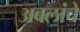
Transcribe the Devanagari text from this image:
अबलांचे